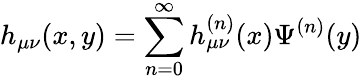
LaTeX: h_{\mu\nu}(x,y)=\sum_{n=0}^{\infty}h_{\mu\nu}^{(n)}(x)\Psi^{(n)}(y)